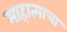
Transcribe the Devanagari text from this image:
माहात्माचा